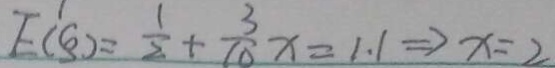
E ^ { \prime } ( S ) = \frac { 1 } { 2 } + \frac { 3 } { 1 0 } x = 1 . 1 \rightarrow x = 2